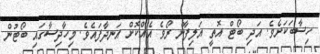
ހިސާބަކަށެވެ. އަދި ބޯޓް އޮތީ އަލިފާން ރޯވެ އެއްކޮށް އަނދާފައެވެ. މިހާދިސާގައި ބޯޓުން